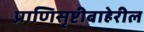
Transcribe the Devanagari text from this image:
प्राणिसृष्टीबाहेरील